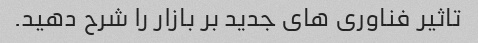
تاثیر فناوری های جدید بر بازار را شرح دهید.